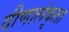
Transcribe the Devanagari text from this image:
वीणालंकृता